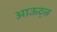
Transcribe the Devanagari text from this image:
आऊट्ज़